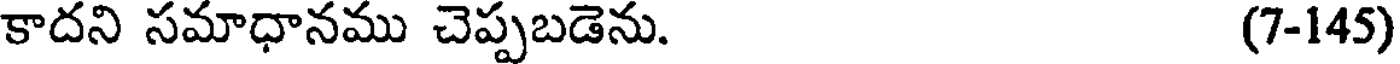
కాదని సమాధానము చెప్పబడెను. (7-145)